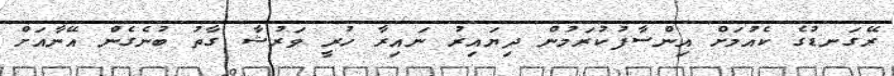
ރޭގަނޑުގެ ކެއުމަށް އިންސާފުކުރަމުން ދިޔައިރު ނައިރާ ހުރީ ވަރުޝާ ގާތު ބުނެގެން އޭނާއަށް